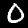
Digit: 0